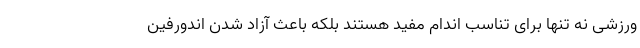
ورزشی نه تنها برای تناسب اندام مفید هستند بلکه باعث آزاد شدن اندورفین